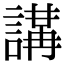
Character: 𧪸